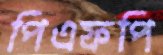
পিএফপি